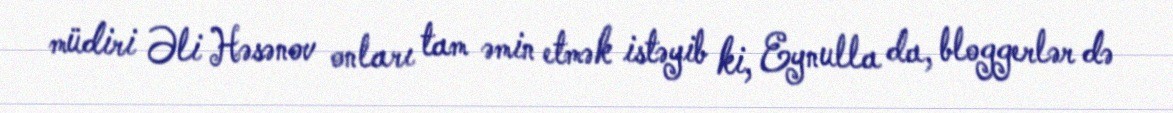
müdiri Əli Həsənov onları tam əmin etmək istəyib ki, Eynulla da, bloggerlər də